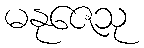
မနုဇေသု